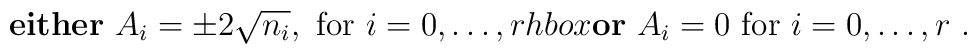
\hbox{\bf either}\ A_i=\pm2\sqrt{n_i}, \ \hbox{for}\ i=0,\dots ,r\\hbox{\bf or}\ A_i=0\ \hbox{for}\ i=0,\dots ,r\ .